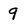
Character: 9